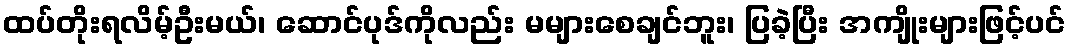
ထပ်တိုးရလိမ့်ဦးမယ်၊ ဆောင်ပုဒ်ကိုလည်း မများစေချင်ဘူး၊ ပြခဲ့ပြီး အကျိုးများဖြင့်ပင်